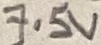
Text: 7.5V